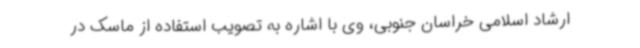
ارشاد اسلامی خراسان جنوبی، وی با اشاره به تصویب استفاده از ماسک در